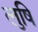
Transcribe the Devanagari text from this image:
लुषि